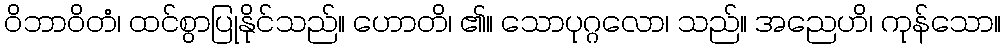
ဝိဘာဝိတံ၊ ထင်စွာပြုနိုင်သည်။ ဟောတိ၊ ၏။ သောပုဂ္ဂလော၊ သည်။ အညေဟိ၊ ကုန်သော။